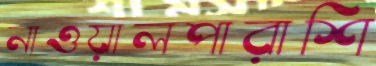
নাওয়ালপারাশি